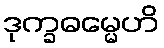
ဒုက္ခဓမ္မေဟိ